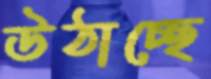
উঠাচ্ছে